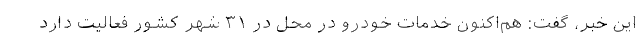
این خبر، گفت: هم‌اکنون خدمات خودرو در محل در ۳۱ شهر کشور فعالیت دارد